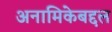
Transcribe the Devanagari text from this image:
अनामिकेबद्दल